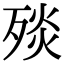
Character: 𣨬